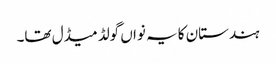
ہندستان کا یہ نواں گولڈ میڈل تھا۔